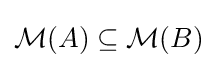
{\mathcal {M}}(A)\subseteq {\mathcal {M}}(B)